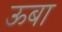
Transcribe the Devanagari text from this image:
ऊबा